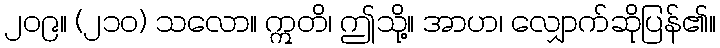
၂၀၉။ (၂၁၀) သလော။ ဣတိ၊ ဤသို့။ အာဟ၊ လျှောက်ဆိုပြန်၏။